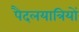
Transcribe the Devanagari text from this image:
पैदलयात्रियों